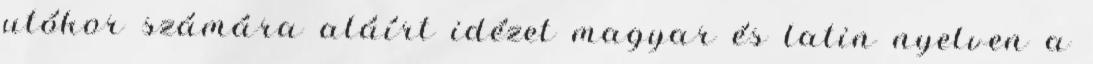
utókor számára aláírt idézet magyar és latin nyelven a